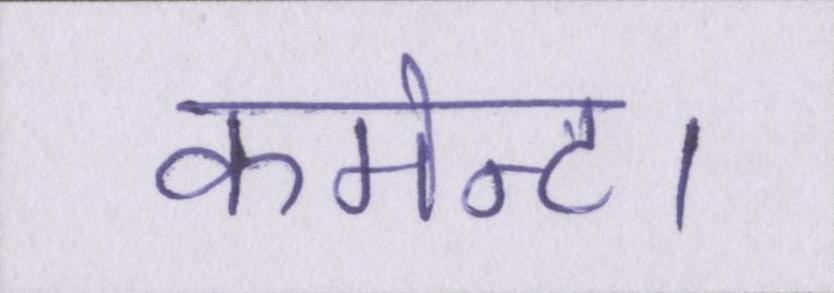
कमेन्ट।